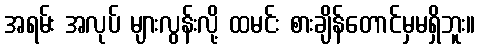
အရမ်း အလုပ် များလွန်းလို့ ထမင်း စားချိန်တောင်မှမရှိဘူး။